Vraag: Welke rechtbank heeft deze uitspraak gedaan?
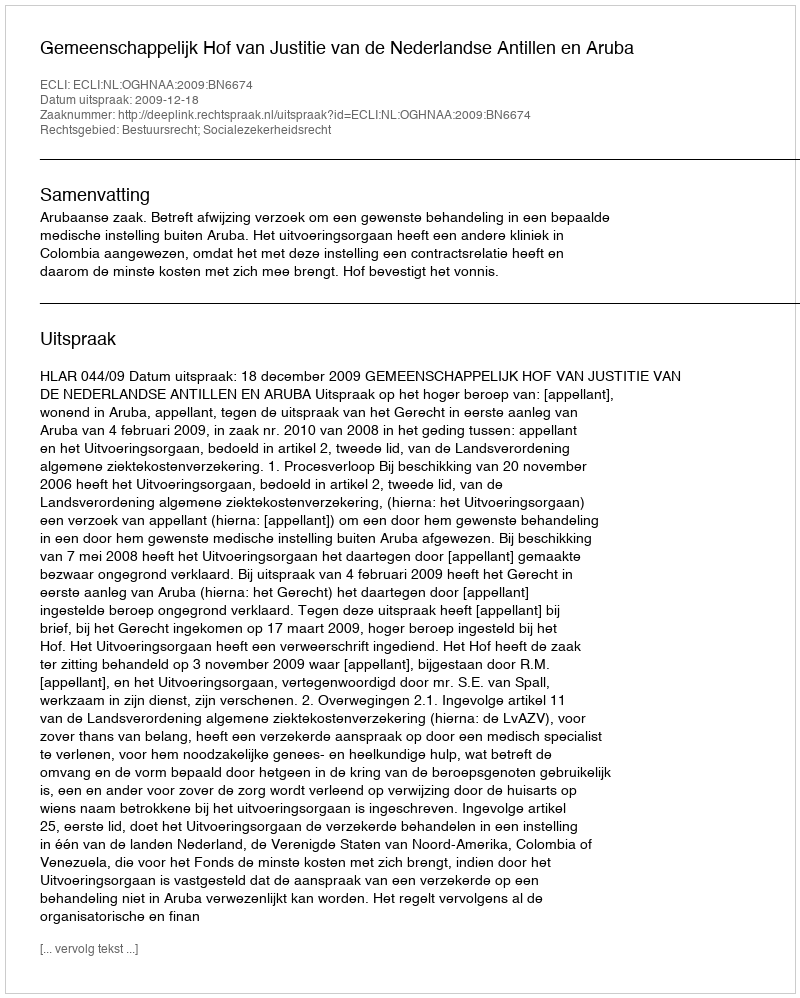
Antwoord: Gemeenschappelijk Hof van Justitie van de Nederlandse Antillen en Aruba